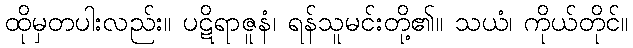
ထိုမှတပါးလည်း။ ပဋိရာဇူနံ၊ ရန်သူမင်းတို့၏။ သယံ၊ ကိုယ်တိုင်။